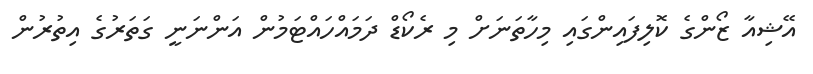
އޭޝިއާ ޒޯންގެ ކޮލިފައިންގައި މިހާތަނަށް މި ރެކޯޑް ދަމައްހައްޓަމުން އަންނަނީ ގަތަރުގެ އިތުރުން